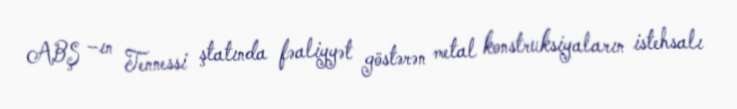
ABŞ –ın Tennessi ştatında fəaliyyət göstərən metal konstruksiyaların istehsalı